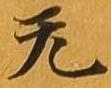
无